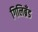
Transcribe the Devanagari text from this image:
गिलिब्रँड